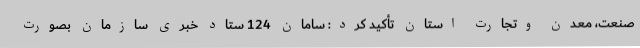
صنعت، معدن وتجارت استان تأکید کرد: سامان 124 ستاد خبری سازمان بصورت